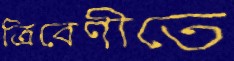
ত্রিবেণীতে